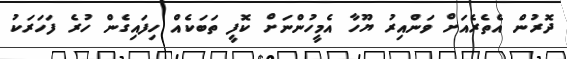
ދޮރުން އެތެރެއަށް ވަންއިރު ޔޫހާ އެމީހުންނަށް ކޮފީ ތަބަކެއް ހިފައިގެން ހުރެ ފަހަރަކު